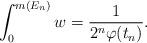
LaTeX: \begin{align*}\int_{0}^{m( E_n)}w= \frac{1}{2^n \varphi(t_n)}. \end{align*}